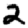
Digit: 2